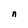
Character: n